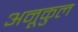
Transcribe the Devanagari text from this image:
अनूकुल